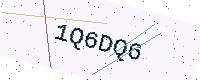
Text: 1Q6DQ6